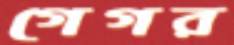
গেগর